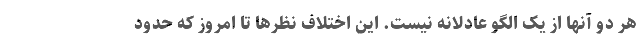
هر دو آنها از یک الگو عادلانه نیست. این اختلاف نظرها تا امروز که حدود